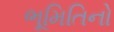
ભૂમિતિનો